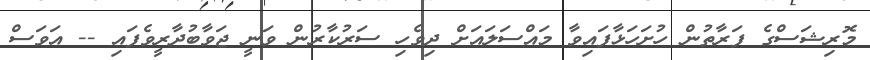
މޮރިޝަސްގެ ފަރާތުން ހުށަހަޅާފައިވާ މައްސަލައަށް ދިވެހި ސަރުކާރުން ވަނީ ޖަވާބުދާރީވެފައި -- އަވަސް